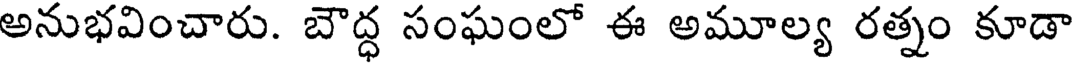
అనుభవించారు. బౌద్ధ సంఘంలో ఈ అమూల్య రత్నం కూడా